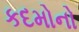
કદમોનો